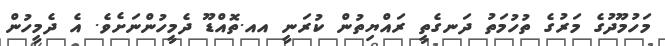
މަހުމޫދުގެ މަރުގެ ތުހުުމަތު ދަނގެތީ ރައްޔިތުން ކުރަނީ އއ.ތޮއްޑޫ ދެމީހުންނަށެވެ. އެ ދެމީހުން